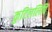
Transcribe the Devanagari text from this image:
कुटिललिपि